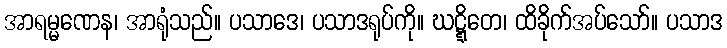
အာရမ္မဏေန၊ အာရုံသည်။ ပသာဒေ၊ ပသာဒရုပ်ကို။ ဃဋ္ဋိတေ၊ ထိခိုက်အပ်သော်။ ပသာဒ